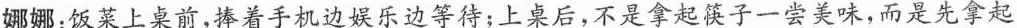
娜娜：饭菜上桌前，捧着手机边娱乐边等待；上桌后，不是拿起筷子一尝美味，而是先拿起